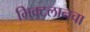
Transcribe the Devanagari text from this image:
मिक्टलानचा